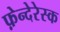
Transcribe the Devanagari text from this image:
फ़ेन्देरेस्क